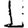
Digit: 1